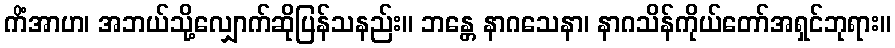
ကိံအာဟ၊ အဘယ်သို့လျှောက်ဆိုပြန်သနည်း။ ဘန္တေ နာဂသေနာ၊ နာဂသိန်ကိုယ်တော်အရှင်ဘုရား။